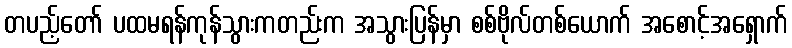
တပည့်တော် ပထမရန်ကုန်သွားကတည်းက အသွားပြန်မှာ စစ်ဗိုလ်တစ်ယောက် အစောင့်အရှောက်